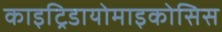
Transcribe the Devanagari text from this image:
काइट्रिडायोमाइकोसिस